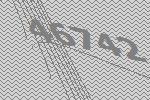
46742